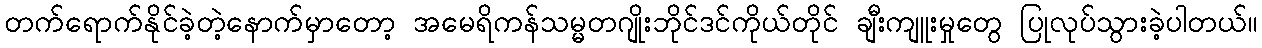
တက်ရောက်နိုင်ခဲ့တဲ့နောက်မှာတော့ အမေရိကန်သမ္မတဂျိုးဘိုင်ဒင်ကိုယ်တိုင် ချီးကျူးမှုတွေ ပြုလုပ်သွားခဲ့ပါတယ်။